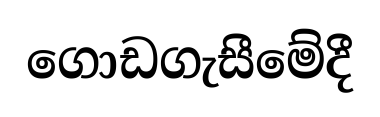
ගොඩගැසීමේදී